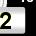
Digit: 2